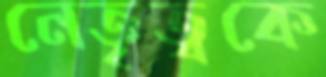
নেতৃত্বকে